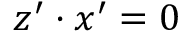
z ^ { \prime } \cdot x ^ { \prime } = 0